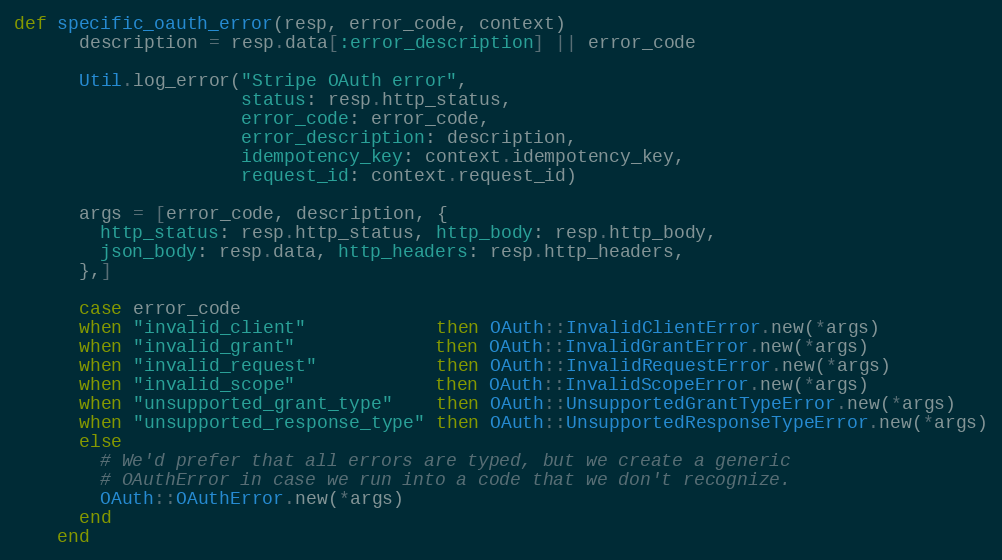
Language: Ruby
def specific_oauth_error(resp, error_code, context)
      description = resp.data[:error_description] || error_code

      Util.log_error("Stripe OAuth error",
                     status: resp.http_status,
                     error_code: error_code,
                     error_description: description,
                     idempotency_key: context.idempotency_key,
                     request_id: context.request_id)

      args = [error_code, description, {
        http_status: resp.http_status, http_body: resp.http_body,
        json_body: resp.data, http_headers: resp.http_headers,
      },]

      case error_code
      when "invalid_client"            then OAuth::InvalidClientError.new(*args)
      when "invalid_grant"             then OAuth::InvalidGrantError.new(*args)
      when "invalid_request"           then OAuth::InvalidRequestError.new(*args)
      when "invalid_scope"             then OAuth::InvalidScopeError.new(*args)
      when "unsupported_grant_type"    then OAuth::UnsupportedGrantTypeError.new(*args)
      when "unsupported_response_type" then OAuth::UnsupportedResponseTypeError.new(*args)
      else
        # We'd prefer that all errors are typed, but we create a generic
        # OAuthError in case we run into a code that we don't recognize.
        OAuth::OAuthError.new(*args)
      end
    end